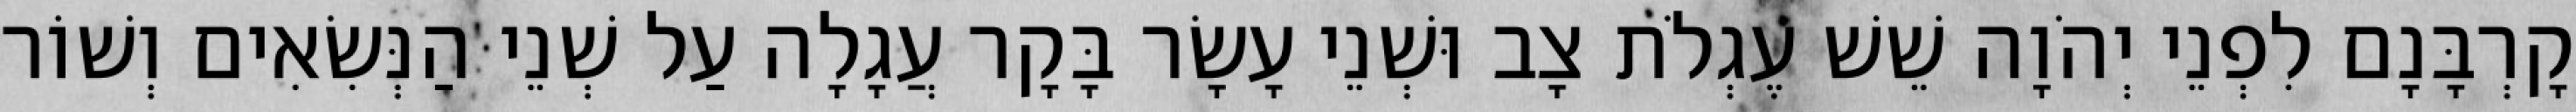
קָרְבָּנָם לִפְנֵי יְהֹוָה שֵׁשׁ עֶגְלֹת צָב וּשְׁנֵי עָשָׂר בָּקָר עֲגָלָה עַל שְׁנֵי הַנְּשִׂאִים וְשׁוֹר